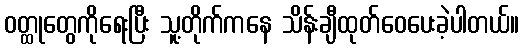
ဝတ္ထုတွေကိုရေးပြီး သူ့တိုက်ကနေ သိန်းချီထုတ်ဝေပေးခဲ့ပါတယ်။